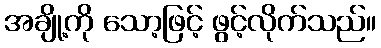
အချို့ကို သော့ဖြင့် ဖွင့်လိုက်သည်။